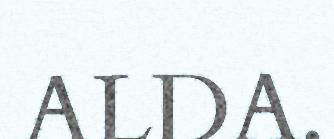
ALDA.